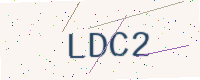
Text: LDC2